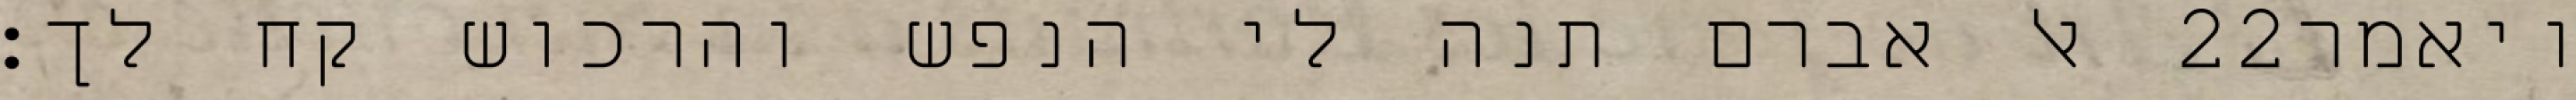
אל אברם תנה לי הנפש והרכוש קח לך׃ ‎22‏ ויאמר